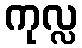
ကုလ္လ